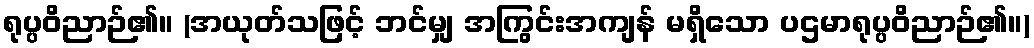
ရုပ္ပဝိညာဉ်၏။ (အယုတ်သဖြင့် ဘင်မျှ အကြွင်းအကျန် မရှိသော ပဌမာရုပ္ပဝိညာဉ်၏။)